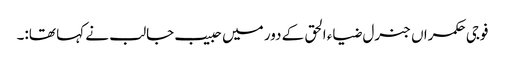
فوجی حکمراں جنرل ضیاء الحق کے دور میں حبیب جالب نے کہا تھا:۔